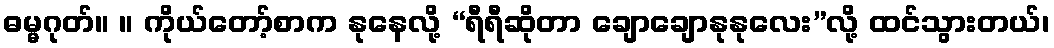
ဓမ္မဂုတ်။ ။ ကိုယ်တော့်စာက နုနေလို့ “ရီရီဆိုတာ ချောချောနုနုလေး”လို့ ထင်သွားတယ်၊